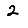
Digit: 2